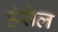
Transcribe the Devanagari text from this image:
हंसेल